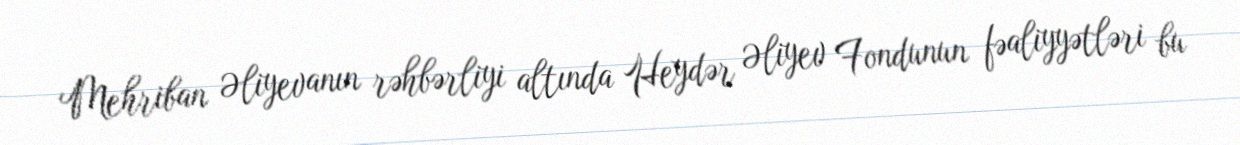
Mehriban Əliyevanın rəhbərliyi altında Heydər Əliyev Fondunun fəaliyyətləri bu